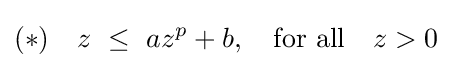
(*)\quad z~\leq ~az^{p}+b,\quad {\text{for all}}\quad z>0